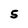
Character: 5